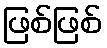
ဖြစ်ဖြစ်